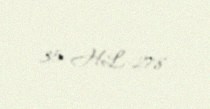
35-HL-278